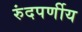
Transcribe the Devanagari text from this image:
रुंदपर्णीय